Rangoon Lunatic Asylum 1898-1906 - 1898-1906
Year: 1898
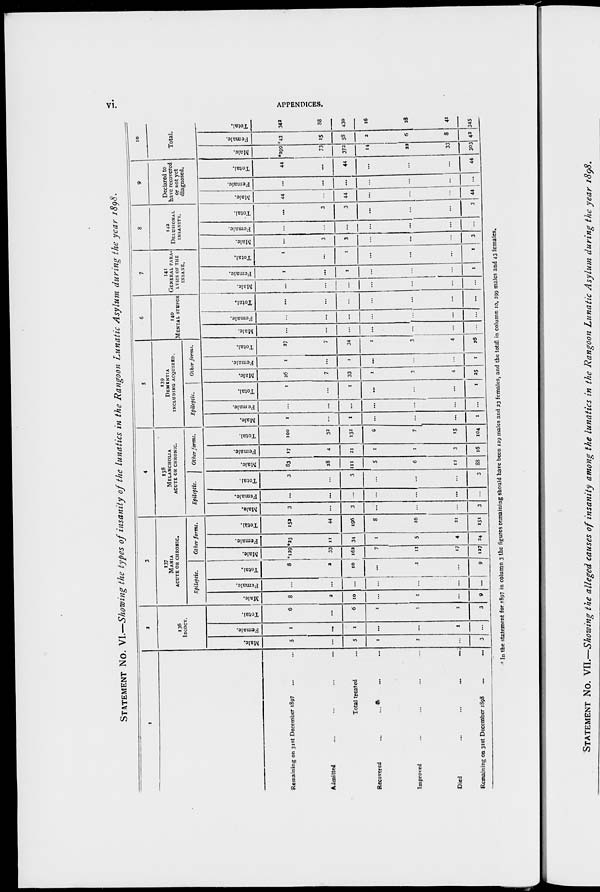
vi.
APPENDICES.
STATEMENT No. VI.—Showing the types of insanity of the lunatics in the Rangoon Lunatic Asylum during the year 1898.
1
Remaining on 31st December 1897 ... ...
Admitted ... ... ... ...
Total treated ...
Recovered ... ... ... ...
Improved ... ... ... ...
Died
...
...
...
...
Remaining on 31st December 1898 ... ...
2
136
IDIOCY.
Male.
5
...
5
1
1
...
3
Female.
1
...
1
...
...
1
...
Total.
6
...
6
1
1
1
3
3
137
MANIA
ACUTE OR CHRONIC.
Epileptic.
Male.
8
2
10
...
1
...
9
Female.
...
...
...
...
...
...
...
Total.
8
2
10
...
1
...
9
Other forms.
Male.
*129
33
162
7
11
17
127
Female.
*23
11
34
1
5
4
24
Total.
152
44
196
8
16
21
151
4
138
MELANCHOLIA
ACUTE OR CHRONIC.
Epileptic.
Male.
3
...
3
...
...
...
3
Female.
...
...
...
...
...
...
...
Total.
3
...
3
...
...
...
3
Other forms.
Male.
83
28
111
5
6
12
88
Female.
17
4
21
1
1
3
16
Total.
100
32
132
6
7
15
104
5
139
DEMENTIA
INCLUDING ACQUIRED.
Epileptic.
Male.
1
...
1
...
...
...
1
Female.
...
...
...
...
...
...
...
Total.
1
...
1
...
...
...
1
Other forms.
Male.
26
7
33
1
3
4
25
Female.
1
...
1
...
...
...
1
Total.
27
7
34
1
3
4
26
6
140
MENTAL STUPOR
Male.
...
...
...
...
...
...
...
Female.
...
...
...
...
...
...
...
Total.
...
...
...
...
...
...
...
7
141
GENERAL PARA-
----- OF THE
INSANE.
Male.
...
...
...
...
...
...
...
Female.
1
...
1
...
...
...
1
Total.
1
...
1
...
...
...
1
8
142
DELUSIONAL
INSANITY.
Male.
...
3
3
...
...
...
3
Female.
...
...
...
...
...
...
...
Total.
...
3
3
...
...
...
3
9
Declared to
have recovered
or not yet
diagnosed.
Male.
44
...
44
...
...
...
44
Female.
...
...
...
...
...
...
...
Total.
44
...
44
...
...
...
44
10
Total.
Male.
*299
73
372
14
22
33
303
Female.
*43
15
58
2
6
8
42
Total.
342
88
430
16
28
41
345
* In the statement for 1897 in column 3 the figures remaining should have been 129 males and 23 females, and the total in column 10, 299 males and 43 females.